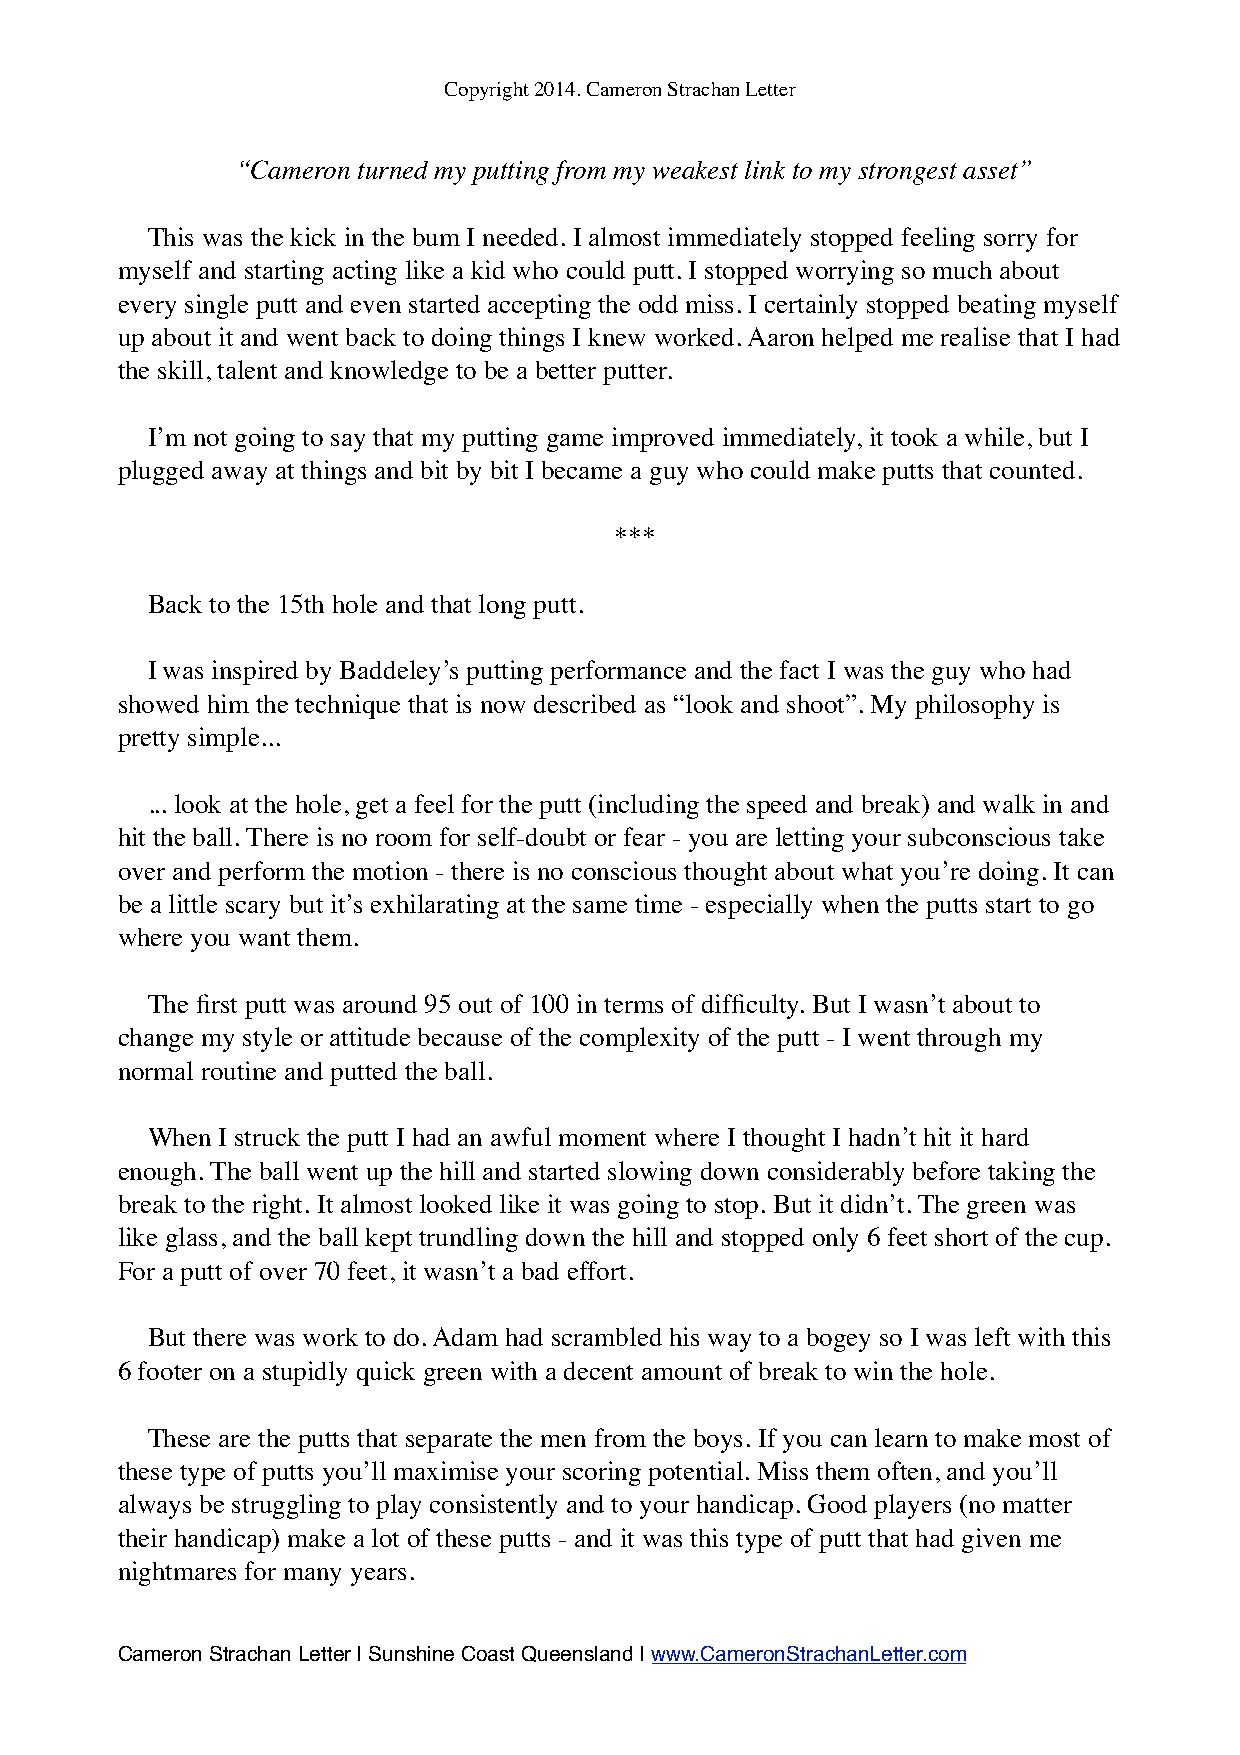
Copyright 2014. Cameron Strachan Letter
 “Cameron turned my putting from my weakest link to my strongest asset”
 This was the kick in the bum I needed. I almost immediately stopped feeling sorry for
 myself and starting acting like a kid who could putt. I stopped worrying so much about
 every single putt and even started accepting the odd miss. I certainly stopped beating myself
 up about it and went back to doing things I knew worked. Aaron helped me realise that I had
 the skill, talent and knowledge to be a better putter.
 I’m not going to say that my putting game improved immediately, it took a while, but I
 plugged away at things and bit by bit I became a guy who could make putts that counted.
 ***
 Back to the 15th hole and that long putt.
 I was inspired by Baddeley’s putting performance and the fact I was the guy who had
 showed him the technique that is now described as “look and shoot”. My philosophy is
 pretty simple...
 ... look at the hole, get a feel for the putt (including the speed and break) and walk in and
 hit the ball. There is no room for self-doubt or fear - you are letting your subconscious take
 over and perform the motion - there is no conscious thought about what you’re doing. It can
 be a little scary but it’s exhilarating at the same time - especially when the putts start to go
 where you want them.
 The first putt was around 95 out of 100 in terms of difficulty. But I wasn’t about to
 change my style or attitude because of the complexity of the putt - I went through my
 normal routine and putted the ball.
 When I struck the putt I had an awful moment where I thought I hadn’t hit it hard
 enough. The ball went up the hill and started slowing down considerably before taking the
 break to the right. It almost looked like it was going to stop. But it didn’t. The green was
 like glass, and the ball kept trundling down the hill and stopped only 6 feet short of the cup.
 For a putt of over 70 feet, it wasn’t a bad effort.
 But there was work to do. Adam had scrambled his way to a bogey so I was left with this
 6 footer on a stupidly quick green with a decent amount of break to win the hole.
 These are the putts that separate the men from the boys. If you can learn to make most of
 these type of putts you’ll maximise your scoring potential. Miss them often, and you’ll
 always be struggling to play consistently and to your handicap. Good players (no matter
 their handicap) make a lot of these putts - and it was this type of putt that had given me
 nightmares for many years.
 Cameron Strachan Letter | Sunshine Coast Queensland | www.CameronStrachanLetter.com